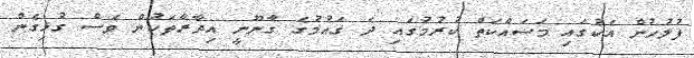
ފުލުހުން އެކުގައި މަސައްކަތް ކުރުމުގައި ދެ ގައުމުގެ ގާނޫނީ އިދާރާތަކުން ވެސް ގުޅިގެން